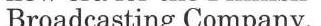
Broadcasting Company.